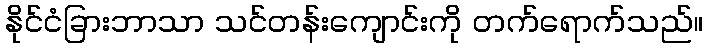
နိုင်ငံခြားဘာသာ သင်တန်းကျောင်းကို တက်ရောက်သည်။